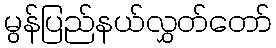
မွန်ပြည်နယ်လွှတ်တော်